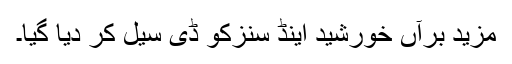
مزید برآں خورشید اینڈ سنزکو ڈی سیل کر دیا گیا۔